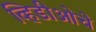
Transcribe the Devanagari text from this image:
व्हिडीओचे